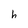
Character: h